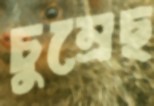
চুম্‌রেছ